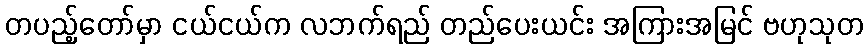
တပည့်တော်မှာ ငယ်ငယ်က လဘက်ရည် တည်ပေးယင်း အကြားအမြင် ဗဟုသုတ